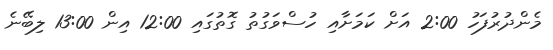
މެންދުރުފަހު 2:00 އަށް ކަަމަށާއި ހުސްވަގުތު ގޮތުގައި 12:00 އިން 13:00 ލިބޭނެ